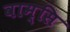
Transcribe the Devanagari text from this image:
वाम्सि